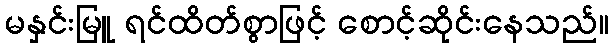
မနှင်းမြူ ရင်ထိတ်စွာဖြင့် စောင့်ဆိုင်းနေသည်။